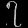
Digit: ၇